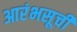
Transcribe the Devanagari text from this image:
आरंभसूची